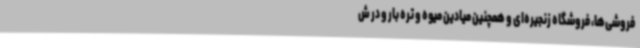
فروشی‌ها، فروشگاه زنجیره‌ای و همچنین میادین میوه و تره بار و در ش